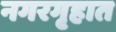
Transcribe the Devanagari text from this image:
नगरगृहात